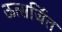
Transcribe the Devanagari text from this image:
ऊत्सर्जित